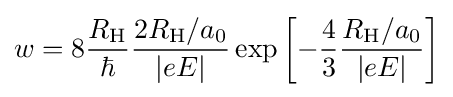
w=8{\frac {R_{\text{H}}}{\hbar }}{\frac {2R_{\text{H}}/a_{0}}{\left|eE\right|}}\exp \left[-{\frac {4}{3}}{\frac {R_{\text{H}}/a_{0}}{\left|eE\right|}}\right]